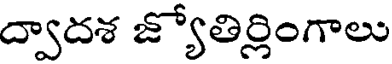
ద్వాదశ జ్యోతిర్లింగాలు